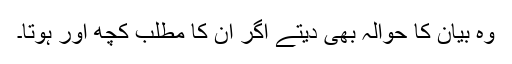
وہ بیان کا حوالہ بھی دیتے اگر اُن کا مطلب کچھ اور ہوتا۔